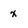
Character: x